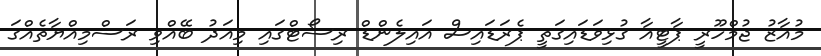
މުއާޒު ޖުމްހޫރީ ޕާޓީއާ ގުޅިވަޑައިގަތީ ޕެރަޑައިސް އައިލެންޑް ރިސޯޓްގައި މިއަދު ބޭއްވި ރަސްމިއްޔާތެއްގަ